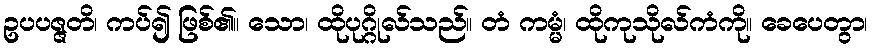
ဥပပဇ္ဇတိ၊ ကပ်၍ ဖြစ်၏။ သော၊ ထိုပုဂ္ဂိုလ်သည်။ တံ ကမ္မံ၊ ထိုကုသိုလ်ကံကို။ ခေပေတွာ၊